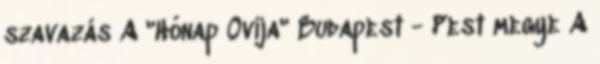
szavazás A "Hónap Ovija" Budapest - Pest megye A